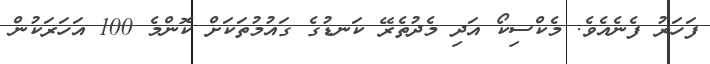
ފަހަރު ފެނެއެވެ. މެކްސިކޯ އަދި މެދުތެރޭ ކަނޑުގެ ގައުމުތަކަށް ކޮންމެ 100 އަހަރަކުން